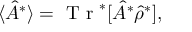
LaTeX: \langle \hat { A } ^ { * } \rangle = \textrm { T r } ^ { * } [ \hat { A } ^ { * } \hat { \rho } ^ { * } ] ,